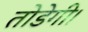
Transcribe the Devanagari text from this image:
तोडेगी।